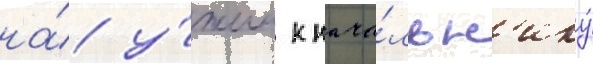
на́ у́жин к нача́льн'ику